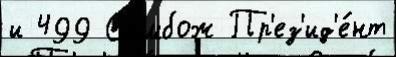
и 499 Самбож Пр'ез'ид'е́нт